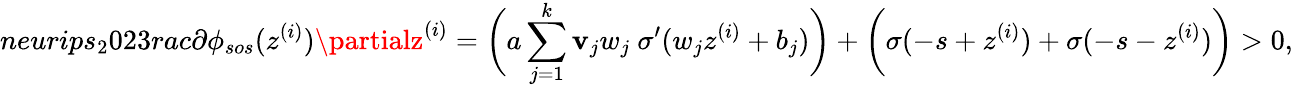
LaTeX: neurips_{2}023rac{\partial\phi_{sos}(z^{(i)})}{\partialz^{(i)}}=\bigg(a\sum_{j=1}^{k}\mathbf{v}_{j}w_{j}\ \sigma^{\prime}(w_{j}z^{(i)}+b_{j})\bigg)+\bigg(\sigma(-s+z^{(i)})+\sigma(-s-z^{(i)})\bigg)>0,